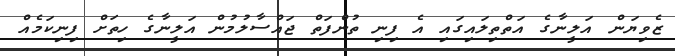
ޒެވިޔަން އަލީނާގެ އަތްތިލައިގައި އެ ފިނި ތުންފަތް ޖައްސާލުމުން އަލީނާގެ ހިތަށް ފިނިކަމެއް